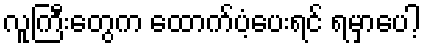
လူကြီးတွေက ထောက်ပံ့ပေးရင် ရမှာပေါ့